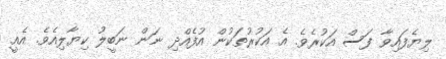
ލިޔެފައިވާ ފަސް އަކުރެވެ. އެ އަކުރުތަކުން އުފެއްދި ނަން ނަބީލު ކިޔާލިއެވެ. އެއީ